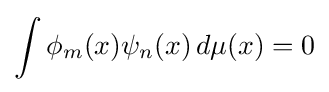
\int \phi _{m}(x)\psi _{n}(x)\,d\mu (x)=0